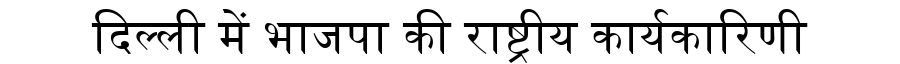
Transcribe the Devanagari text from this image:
दिल्ली में भाजपा की राष्ट्रीय कार्यकारिणी